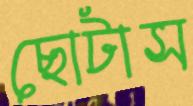
ছোটাস